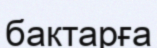
бактарға